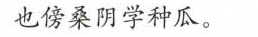
也傍桑阴学种瓜。